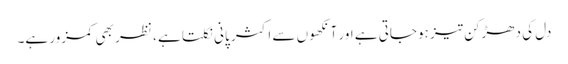
دل کی دھڑکن تیز ہوجاتی ہے اور آنکھوں سے اکثر پانی نکلتا ہے ، نظر بھی کمزور ہے۔